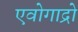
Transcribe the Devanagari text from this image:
एवोगाद्रो